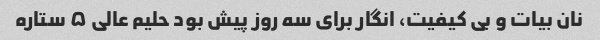
نان بیات و بی کیفیت، انگار برای سه روز پیش بود حلیم عالی ۵ ستاره